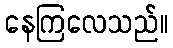
နေကြလေသည်။